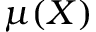
\mu ( X )